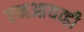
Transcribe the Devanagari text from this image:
एनआयव्ही